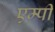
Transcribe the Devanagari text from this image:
एम्पी